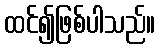
ထင်၍ဖြစ်ပါသည်။